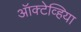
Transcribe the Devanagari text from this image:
ऑक्टेव्हिया